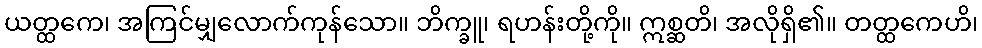
ယတ္ထကေ၊ အကြင်မျှလောက်ကုန်သော။ ဘိက္ခူ၊ ရဟန်းတို့ကို။ ဣစ္ဆတိ၊ အလိုရှိ၏။ တတ္ထကေဟိ၊